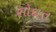
સોદાત